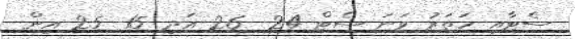
ސެޓާއި ހަތަރު ވަނަ ސެޓް 24- 26 އަދި 15- 25 އިން